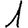
Digit: 1